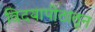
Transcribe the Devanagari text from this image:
विदयापीठातून